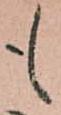
も